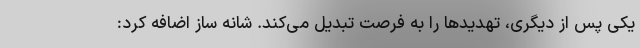
یکی پس از دیگری، تهدیدها را به فرصت تبدیل می‌کند. شانه ساز اضافه کرد: